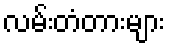
လမ်းတံတားများ